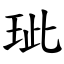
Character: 玼